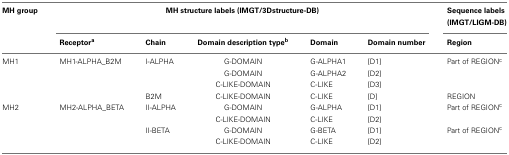
| MH group | <COLSPAN=5> MH structure labels (IMGT/3Dstructure-DB) | Sequence labels (IMGT/LIGM-DB) |
 |  | Receptora | Chain | Domain description typeb | Domain | Domain number | Region |
 | --- | --- | --- | --- | --- | --- | --- |
 | MH1 | MH1-ALPHA_B2M | I-ALPHA | G-DOMAIN | G-ALPHA1 | [D1] | Part of REGIONc |
 |  |  |  | G-DOMAIN | G-ALPHA2 | [D2] |  |
 |  |  |  | C-LIKE-DOMAIN | C-LIKE | [D3] |  |
 |  |  | B2M | C-LIKE-DOMAIN | C-LIKE | [D] | REGION |
 | MH2 | MH2-ALPHA_BETA | II-ALPHA | G-DOMAIN | G-ALPHA | [D1] | Part of REGIONc |
 |  |  |  | C-LIKE-DOMAIN | C-LIKE | [D2] |  |
 |  |  | II-BETA | G-DOMAIN | G-BETA | [D1] | Part of REGIONc |
 |  |  |  | C-LIKE-DOMAIN | C-LIKE | [D2] |  |